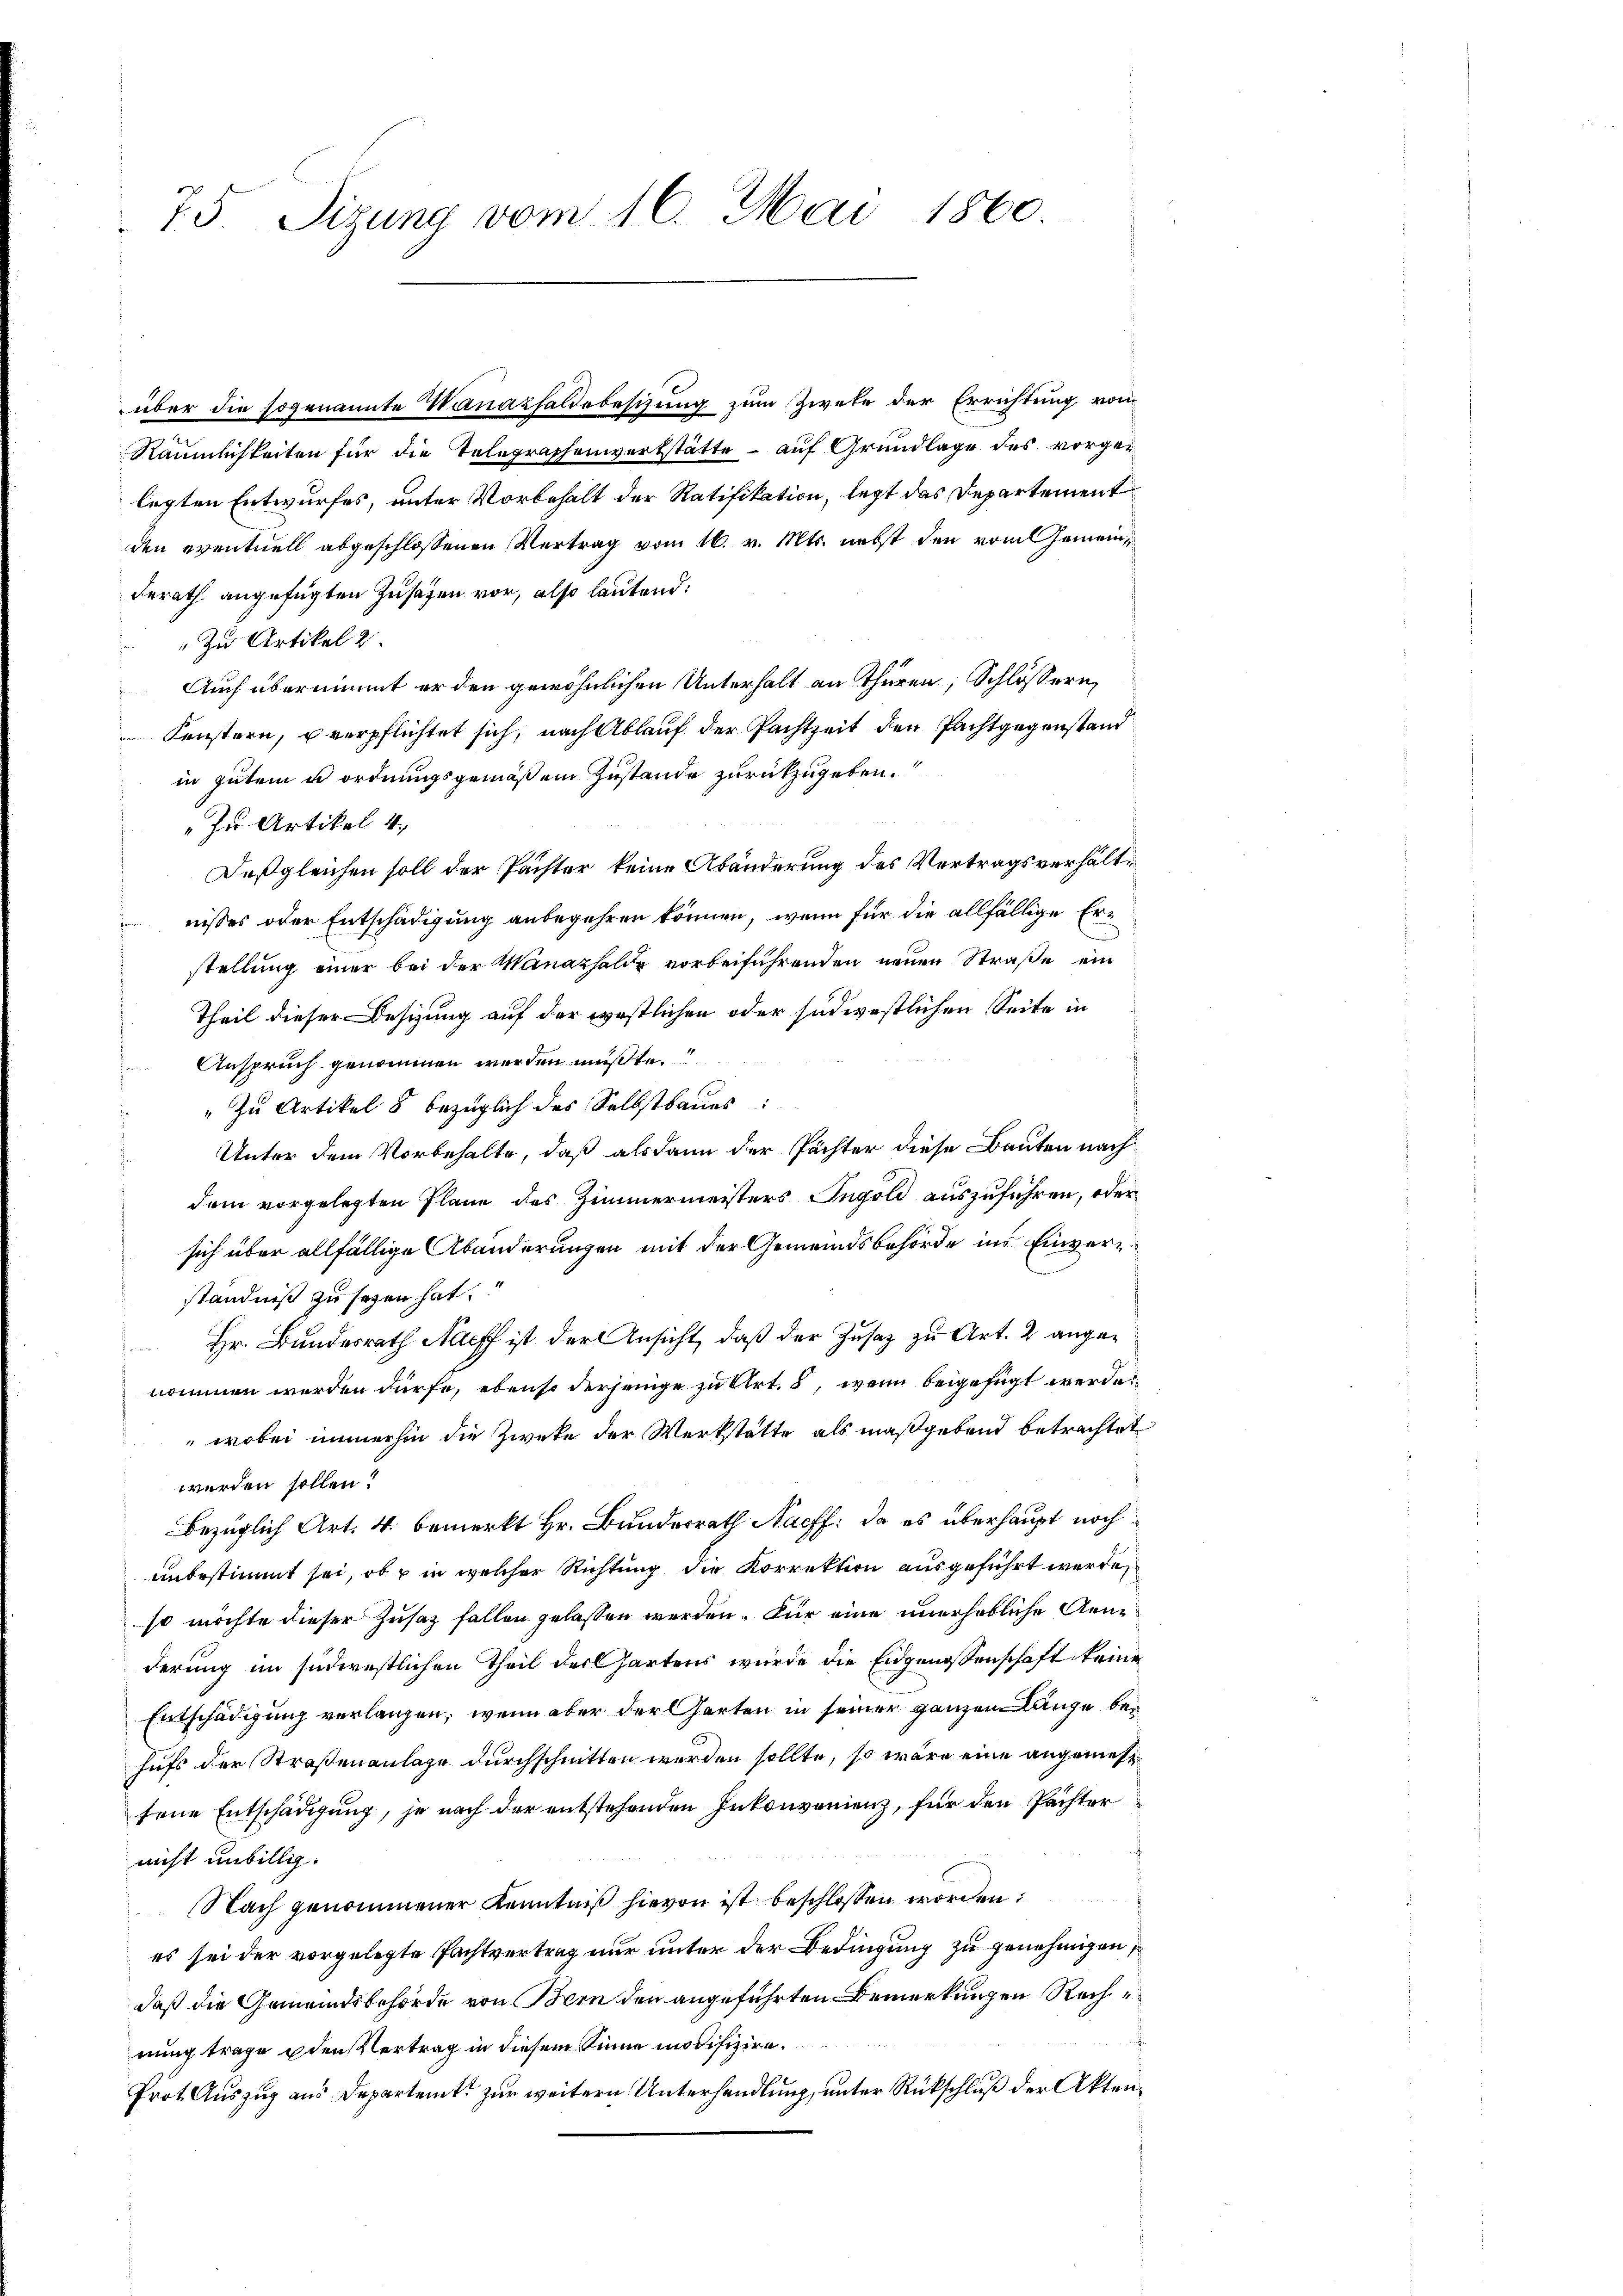
75. Sizung vom 16. Mai 1860.

über die sogenannte Monathaldebesizung zum Zwete der Errichtung vom
Räumlichkeiten für die Telegraphenvertstätte – auf Grundlage des vorgelegten Entwurfes, unter Vorbehalt der Ratifikation, legt das Departement
den eventuell abgeschlossenen Vertrag vom 16. v. Mts. nebst den vom Gemein¬
Berath angefügten Zusatzen vor, also lautend:
" zu Artikel 2.
Auch übernimmt er den gewöhnlichen Unterhalt an Thüren, Schlössern,
Fenstern, u verpflichtet sich, nach Ablauf der Pachtzeit den Pachtgegenstand
in gutem u ordnungsgemäßen Zustande zurückzugeben.
„zu Artikel 4.
Deßgleichen soll der Pächter keine Abänderung des Vertragsverhältnisses oder Entschädigung anbegehren können, wenn für die allfällige Erstellung einer bei der Manazhalde vorbeiführenden neuen Straße ein
Theil dieser Besizung auf der westlichen oder südwestlichen Seite in
Anspruch genommen werden müßte.
" zu Artikel 8 bezüglich des Selbstbaues:
Unter dem Vorbehalte, daß alsdann der Pächter diese Bauten nach
dem vorgelegten Plane des Zimmermeisters Ingold auszuführen, oder
sich über allfällige Abänderungen mit der Gemeindsbehörde ins Einverständniß zu sezen hat.
Hr. Bundesrath Nach ist der Ansicht, daß der Zusatz zu Art. 2 angenommen werden dürfe, ebenso derjenige zu Art. 8, wenn beigefügt werde.
wobei immerhin die Zweke der Werkstatte als maßgebend betrachtet
werden sollen?
bezüglich Art. 4. bemerkt Hr. Bundesrath Nachf: da es überhaupt noch
unbestimmt sei, ob u in welcher Richtung die Korrektion ausgeführt werde
so möchte dieser Zusatz fallen gelassen werden. Für eine unerhebliche Genederung im südwestlichen Theil der Chartens wurde die Eidgenossenschaft keine
Entschädigung verlangen, wenn aber der Garten in seiner ganzen Länge bei
hufs der Straßenanlage durchschnitten werden sollte, so wäre eine angemesfene Entschädigung, je nach der entstehenden Inkonvenienz, für den Pächter
nicht unbillig.
Nach genommener Kenntniß hievon ist beschlossen worden:
es sei der vorgelegte Pachtvertrag nur unter der Bedingung zu genehmigen,
daß die Gemeindsbehörde von Bern den angeführten Bemerkungen Rechnung trage u den Vertrag in diesem Sinne modifiziere.
Prot. Auszug aus Departent zur weitern Unterhandlung, unter Rückschluß der Akten¬